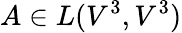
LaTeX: A\in L(V^{3},V^{3})